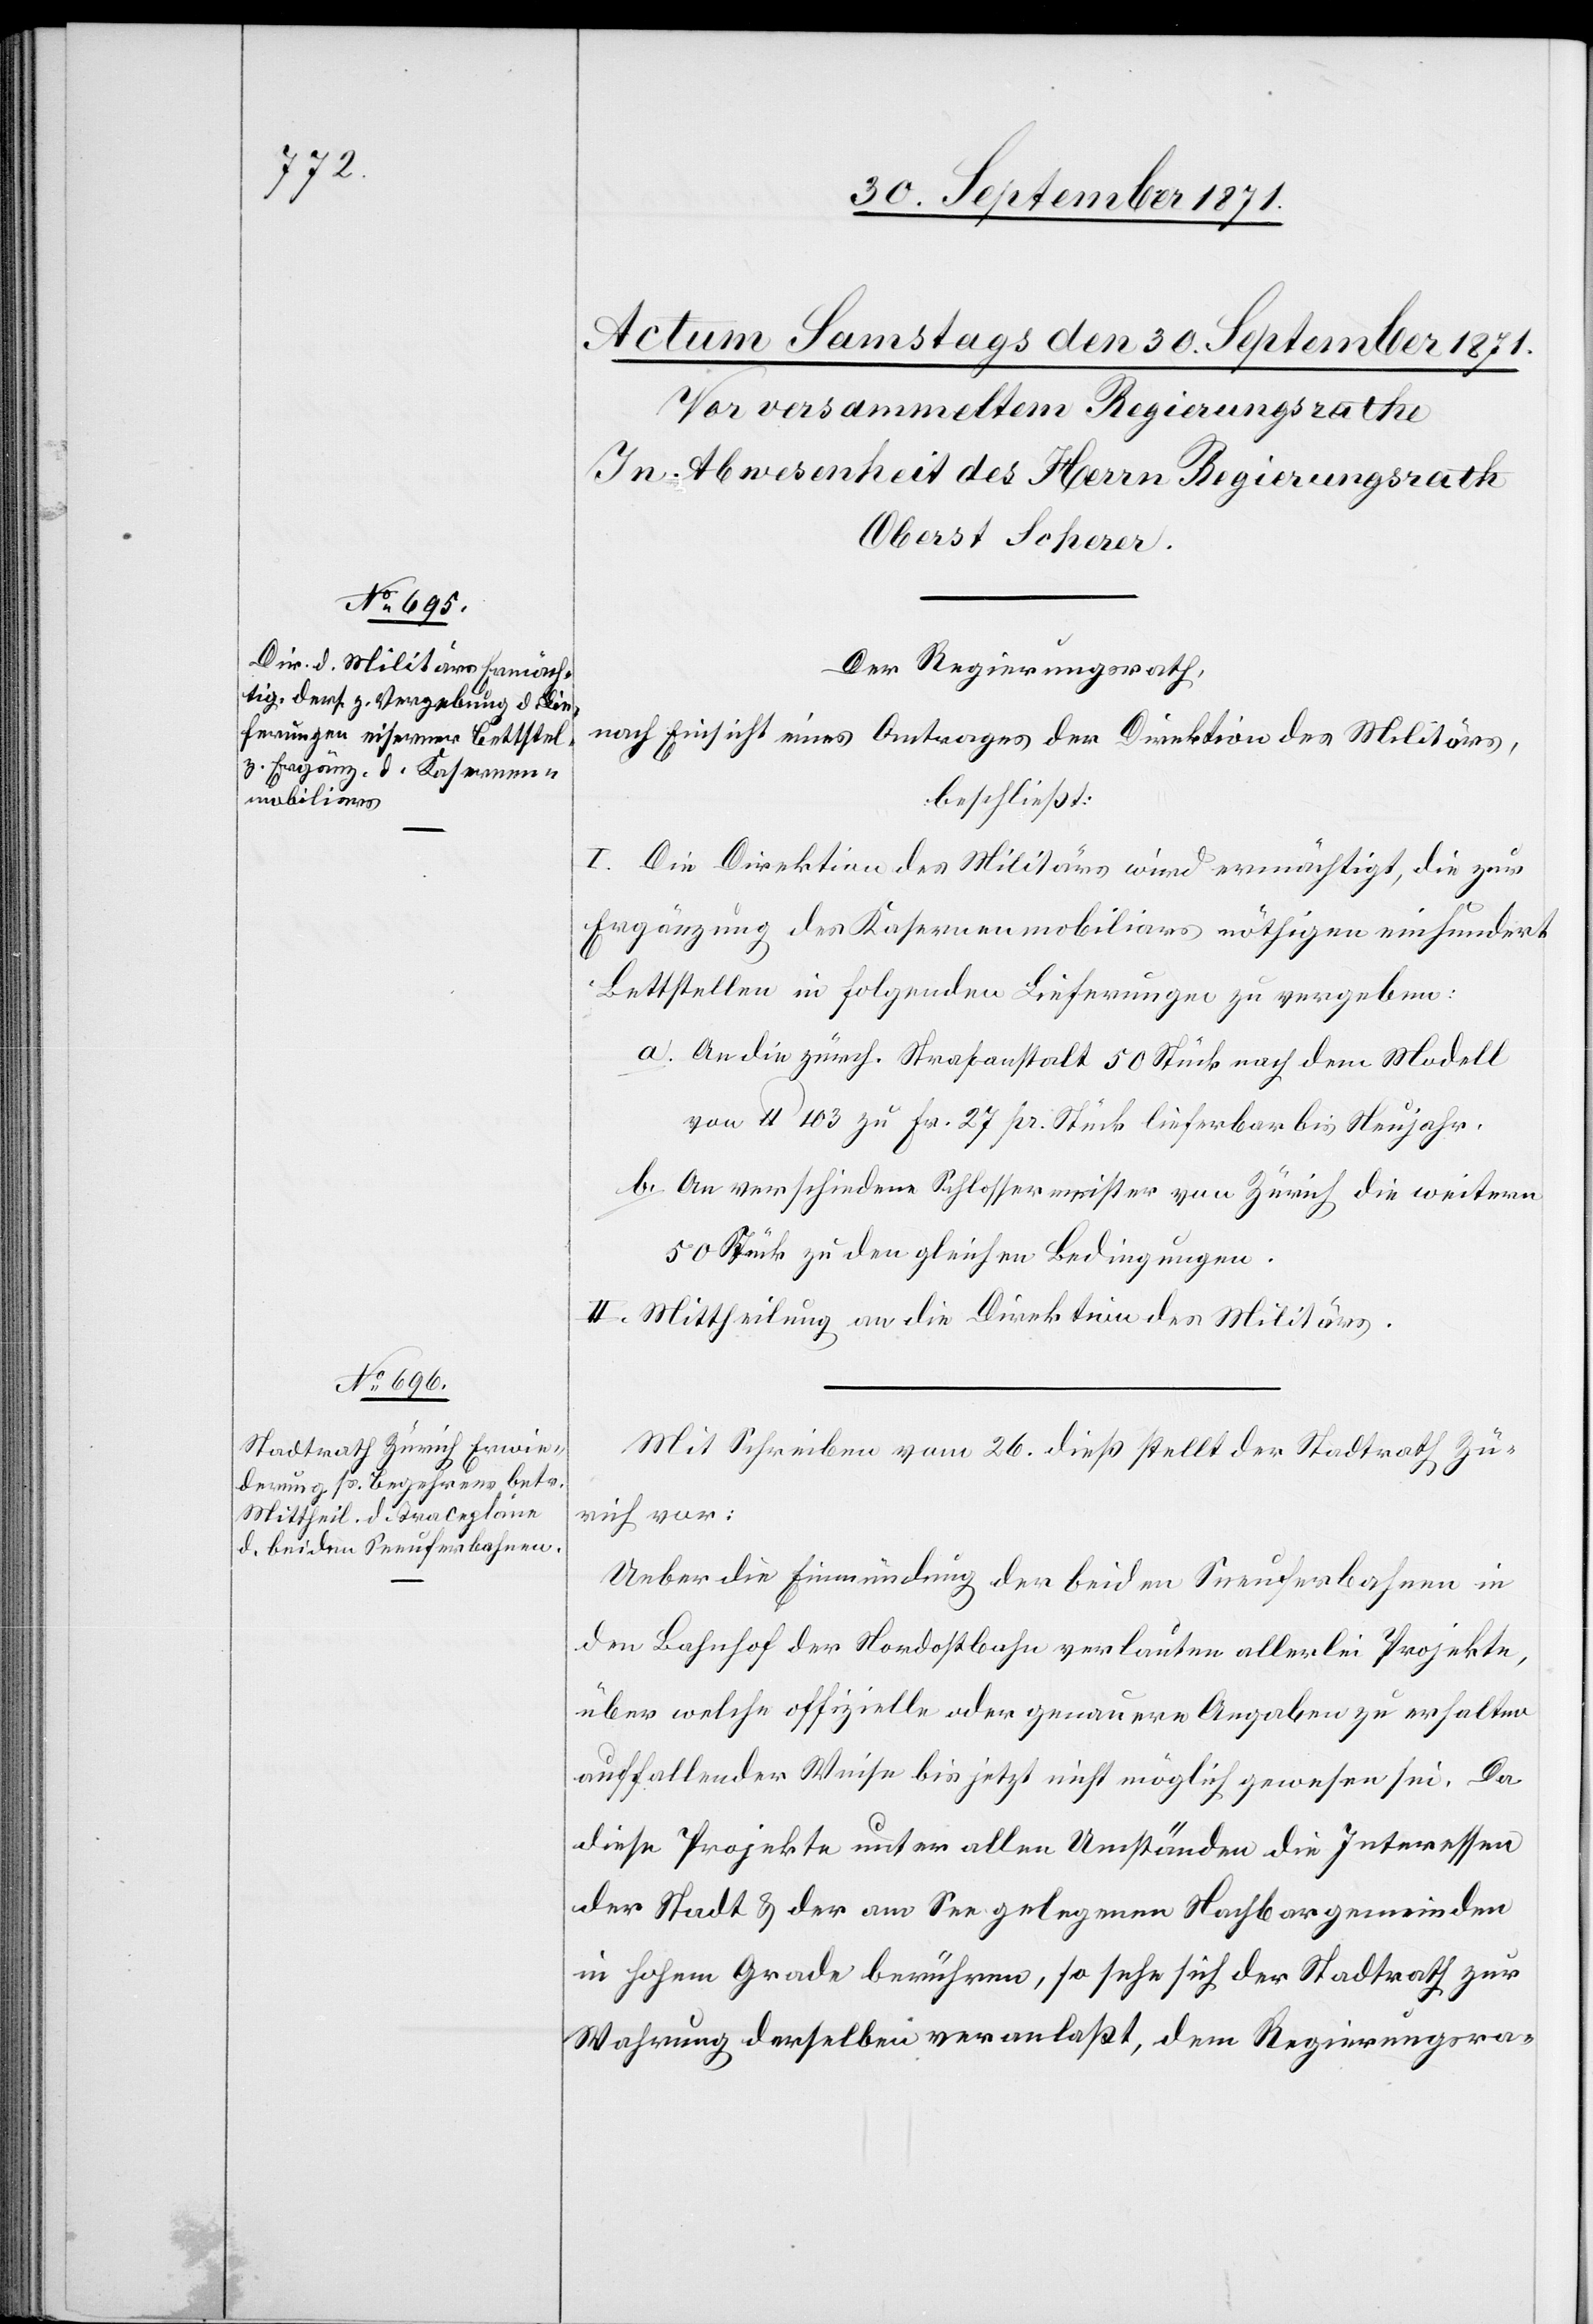
Der Regierungsrath,
nach Einsicht eines Antrages der Direktion des Militärs,
beschließt:
I. Die Direktion des Militärs wird ermächtigt, die zur
Ergänzung des Kasernenmobiliars nöthigen einhundert
Bettstellen in folgenden Lieferungen zu vergeben:
a. An die zürch. Strafanstalt 50 Stück nach dem Modell
von U 103 zu Fr. 27 pr. Stück lieferbar bis Neujahr.
b. An verschiedene Schlossermeister von Zürich die weitern
50 Stück zu den gleichen Bedingungen.
II. Mittheilung an die Direktion des Militärs.
Mit Schreiben vom 26. dieß stellt der Stadtrath Zü¬
rich vor:
Ueber die Einmündung der beiden Seeuferbahnen in
den Bahnhof der Nordostbahn verlauten allerlei Projekte,
über welche offizielle oder genauere Angabe zu erhalten
auffallender Weise bis jetzt nicht möglich gewesen sei. Da
diese Projekte unter allen Umständen die Interessen
der Stadt & der am See gelegenen Nachbargemeinden
in hohem Grade berühren, so sehe sich der Stadtrath zur
Wahrung derselben veranlaßt, dem Regierungsra-